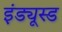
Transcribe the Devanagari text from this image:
इंड्यूस्ड